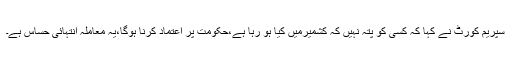
سپریم کورٹ نے کہا کہ کسی کو پتہ نہیں کہ کشمیرمیں کیا ہو رہا ہے،حکومت پر اعتماد کرنا ہوگا،یہ معاملہ انتہائی حساس ہے۔